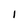
Character: 1